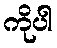
ကိုပါ